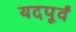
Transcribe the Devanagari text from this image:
यदपूर्वं